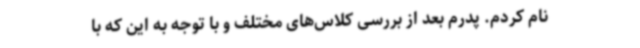
نام کردم. پدرم بعد از بررسی کلاس‌های مختلف و با توجه به این که با